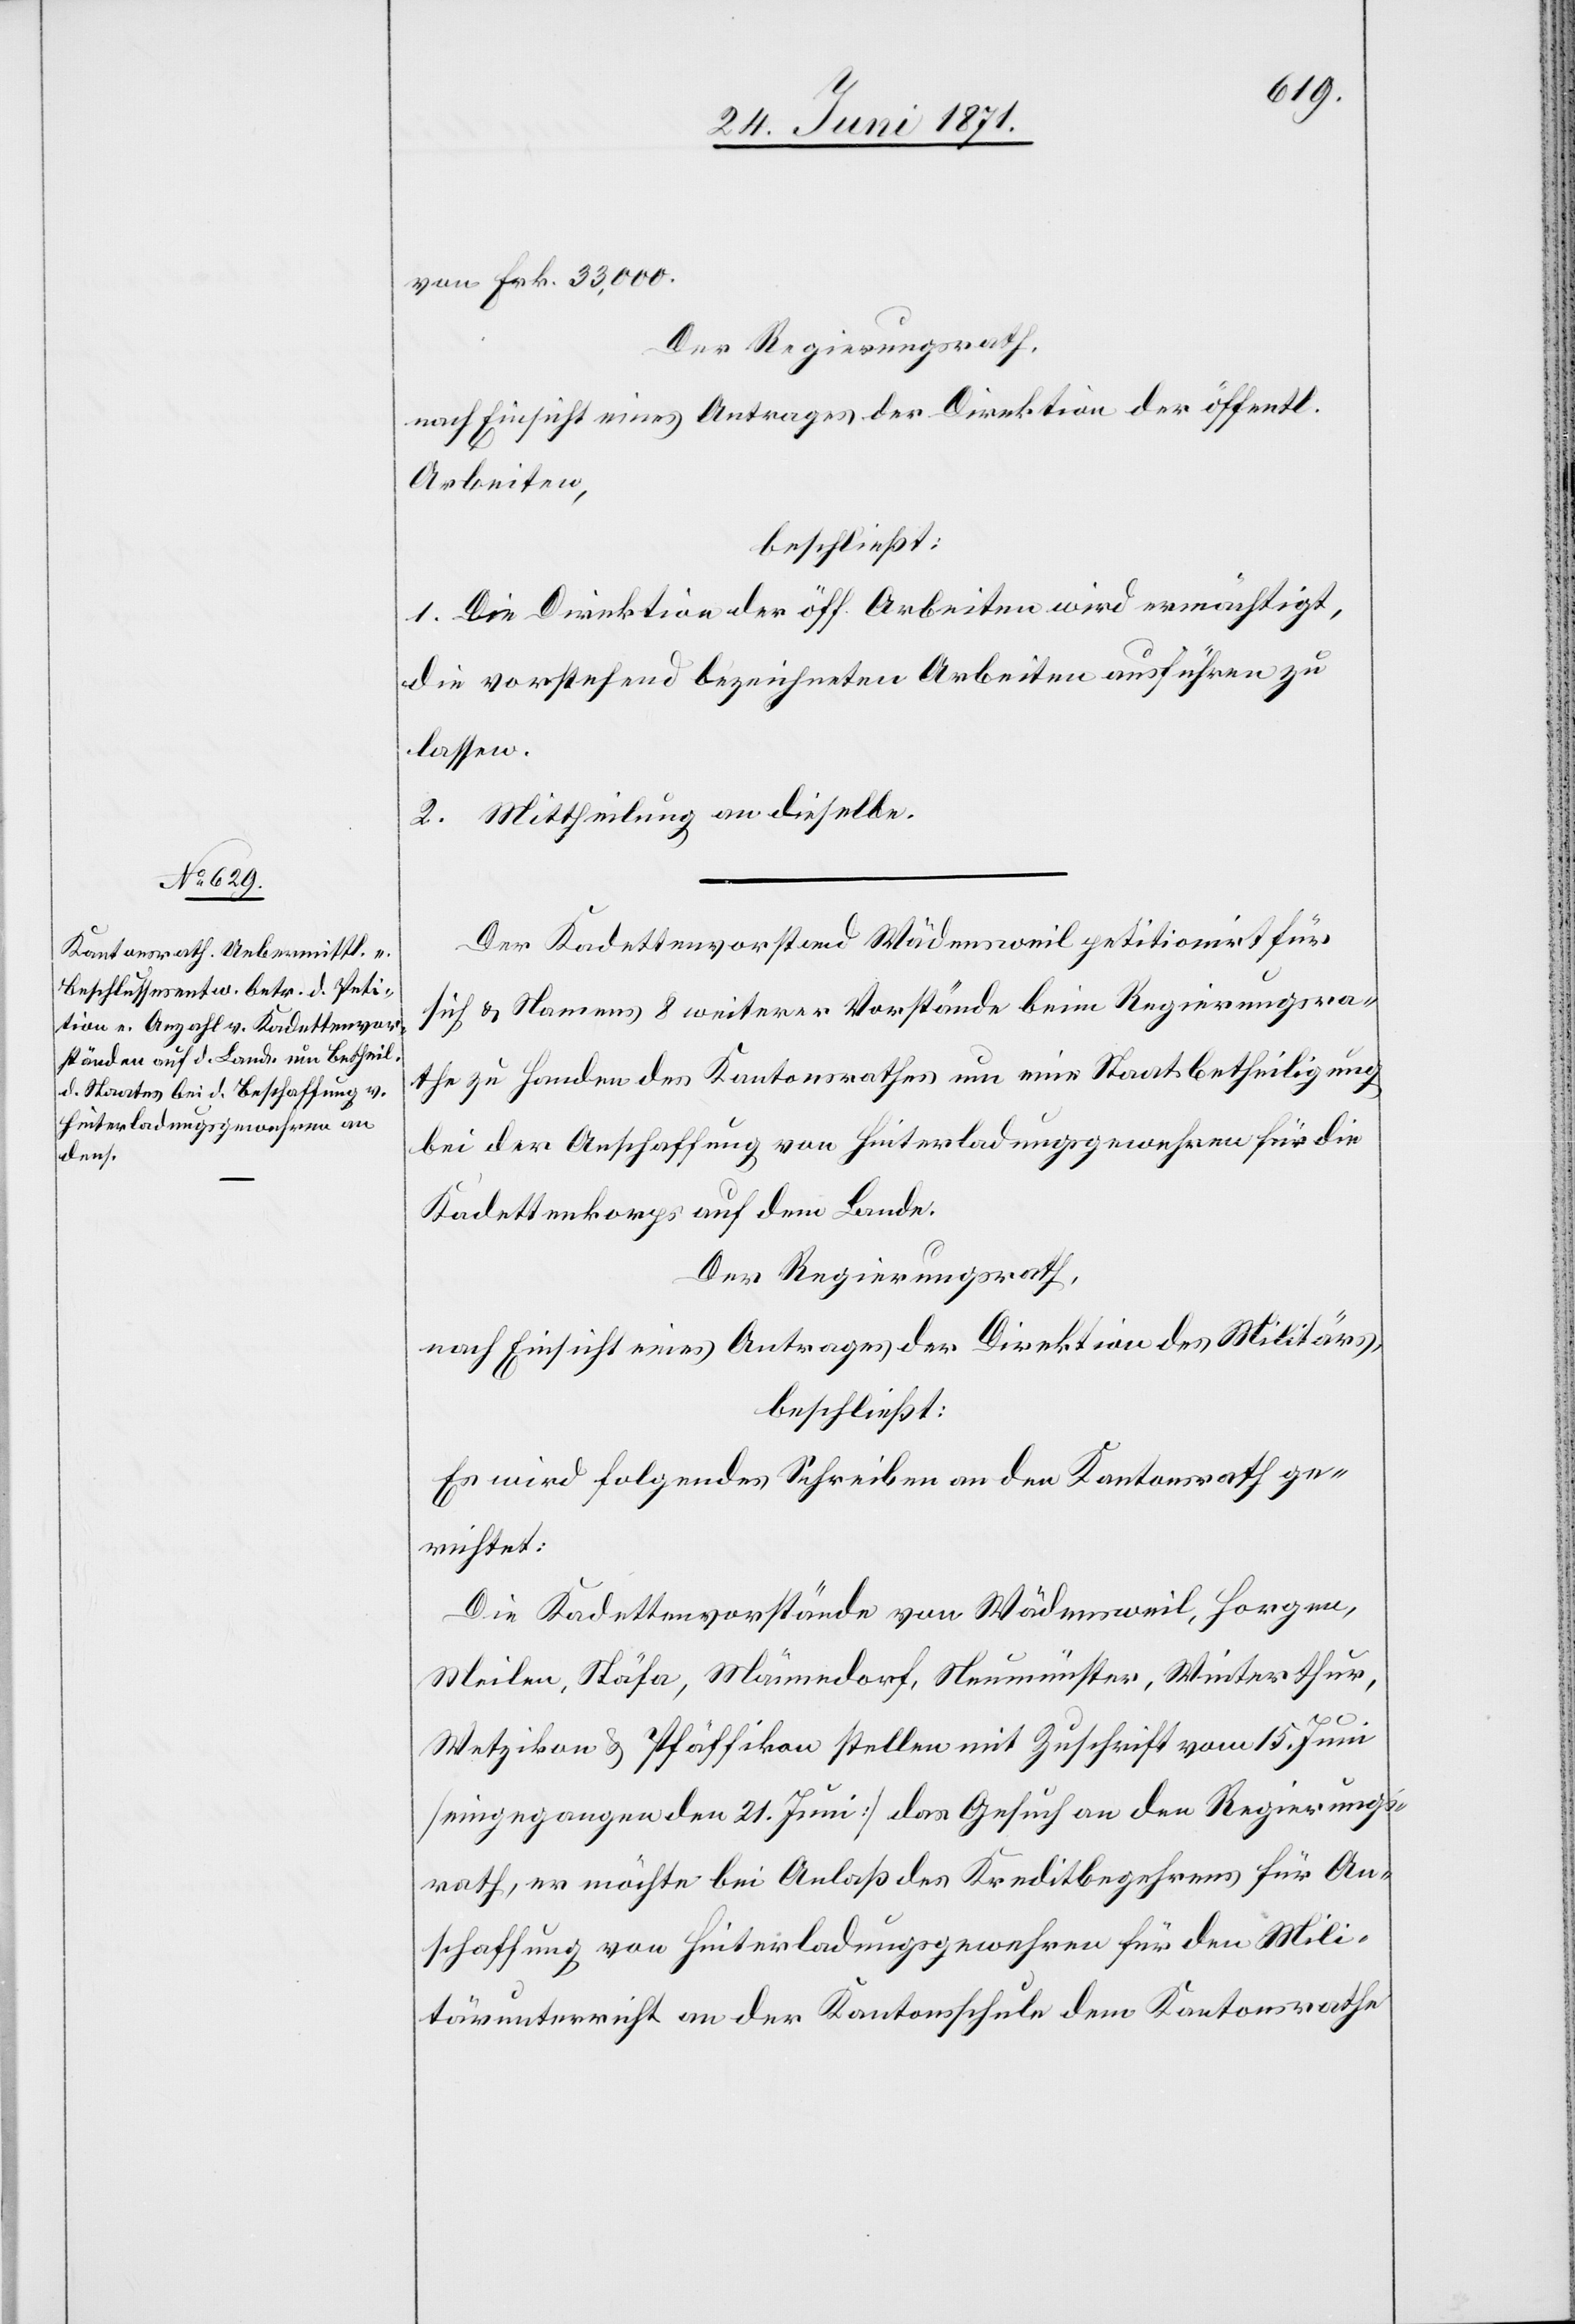
von Frk. 33,000.
Der Regierungsrath,
nach Einsicht eines Antrages der Direktion der öffentl.
Arbeiten,
beschließt:
1. Die Direktion der öff. Arbeiten wird ermächtigt,
die vorstehend bezeichneten Arbeiten ausführen zu
lassen.
2. Mittheilung an dieselbe.
Der Kadettenvorstand Wädensweil petitionirt für
sich u. Namens 8 weiterer Vorstände beim Regierungsra¬
the zu Handen des Kantonsrathes um eine Staatsbetheiligung
bei der Anschaffung von Hinterladungsgewehren für die
Kadettenkorps auf dem Lande.
Der Regierungsrath,
nach Einsicht eines Antrages der Direktion des Militärs,
beschließt:
Es wird folgendes Schreiben an den Kantonsrath ge¬
richtet:
Die Kadettenvorstände von Wädensweil, Horgen,
Meilen, Stäfa, Männedorf, Neumünster, Winterthur,
Wetzikon u. Pfäffikon stellen mit Zuschrift vom 15. Juni
[eingegangen den 21. Juni] das Gesuch an den Regierungs¬
rath, er möchte bei Anlaß des Kreditbegehrens für An¬
schaffung von Hinterladungsgewehren für den Mili¬
tärunterricht an der Kantonsschule dem Kantonsrathe